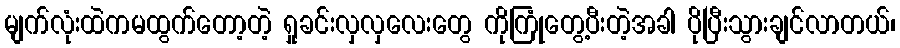
မျက်လုံးထဲကမထွက်တော့တဲ့ ရှုခင်းလှလှလေးတွေ ကိုကြုံတွေ့ပီးတဲ့အခါ ပိုပြီးသွားချင်လာတယ်၊